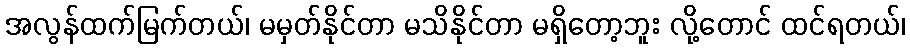
အလွန်ထက်မြက်တယ်၊ မမှတ်နိုင်တာ မသိနိုင်တာ မရှိတော့ဘူး လို့တောင် ထင်ရတယ်၊